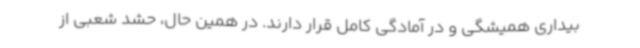
بیداری همیشگی و در آمادگی کامل قرار دارند. در همین حال، حشد شعبی از